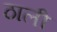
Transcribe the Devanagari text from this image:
ठाली